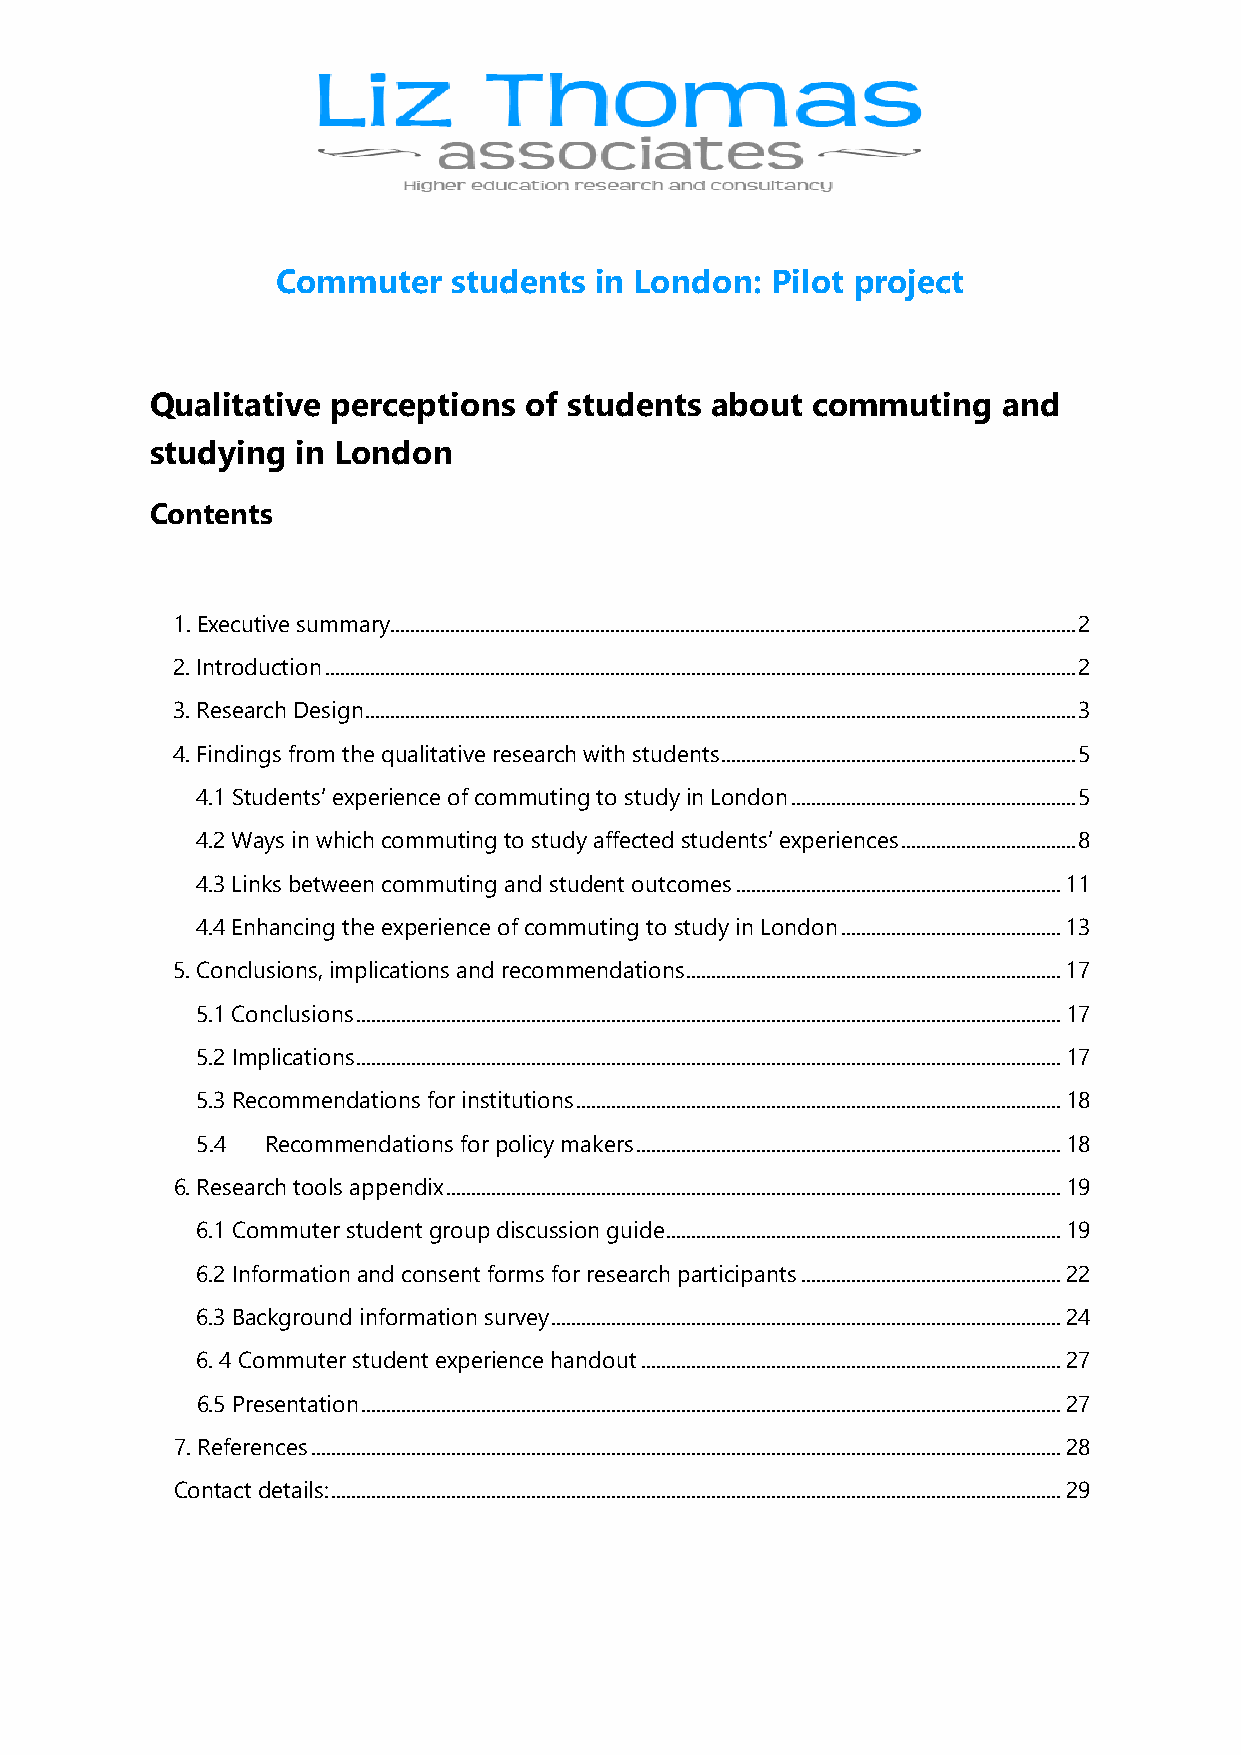
Commuter    students in London:  Pilot project
 Qualitative perceptions  of students about  commuting   and
 studying  in London
 Contents
 1. Executive summary ......................................................................................................................................... 2
 2. Introduction ...................................................................................................................................................... 2
 3. Research Design .............................................................................................................................................. 3
 4. Findings from the qualitative research with students ....................................................................... 5
 4.1 Students’ experience of commuting to study in London ......................................................... 5
 4.2 Ways in which commuting to study affected students’ experiences ................................... 8
 4.3 Links between commuting and student outcomes ................................................................. 11
 4.4 Enhancing the experience of commuting to study in London ............................................ 13
 5. Conclusions, implications and recommendations ........................................................................... 17
 5.1 Conclusions ............................................................................................................................................. 17
 5.2 Implications ............................................................................................................................................. 17
 5.3 Recommendations for institutions ................................................................................................. 18
 5.4  Recommendations for policy makers ..................................................................................... 18
 6. Research tools appendix ........................................................................................................................... 19
 6.1 Commuter student group discussion guide ............................................................................... 19
 6.2 Information and consent forms for research participants .................................................... 22
 6.3 Background information survey ...................................................................................................... 24
 6. 4 Commuter student experience handout .................................................................................... 27
 6.5 Presentation ............................................................................................................................................ 27
 7. References ...................................................................................................................................................... 28
 Contact details: .................................................................................................................................................. 29